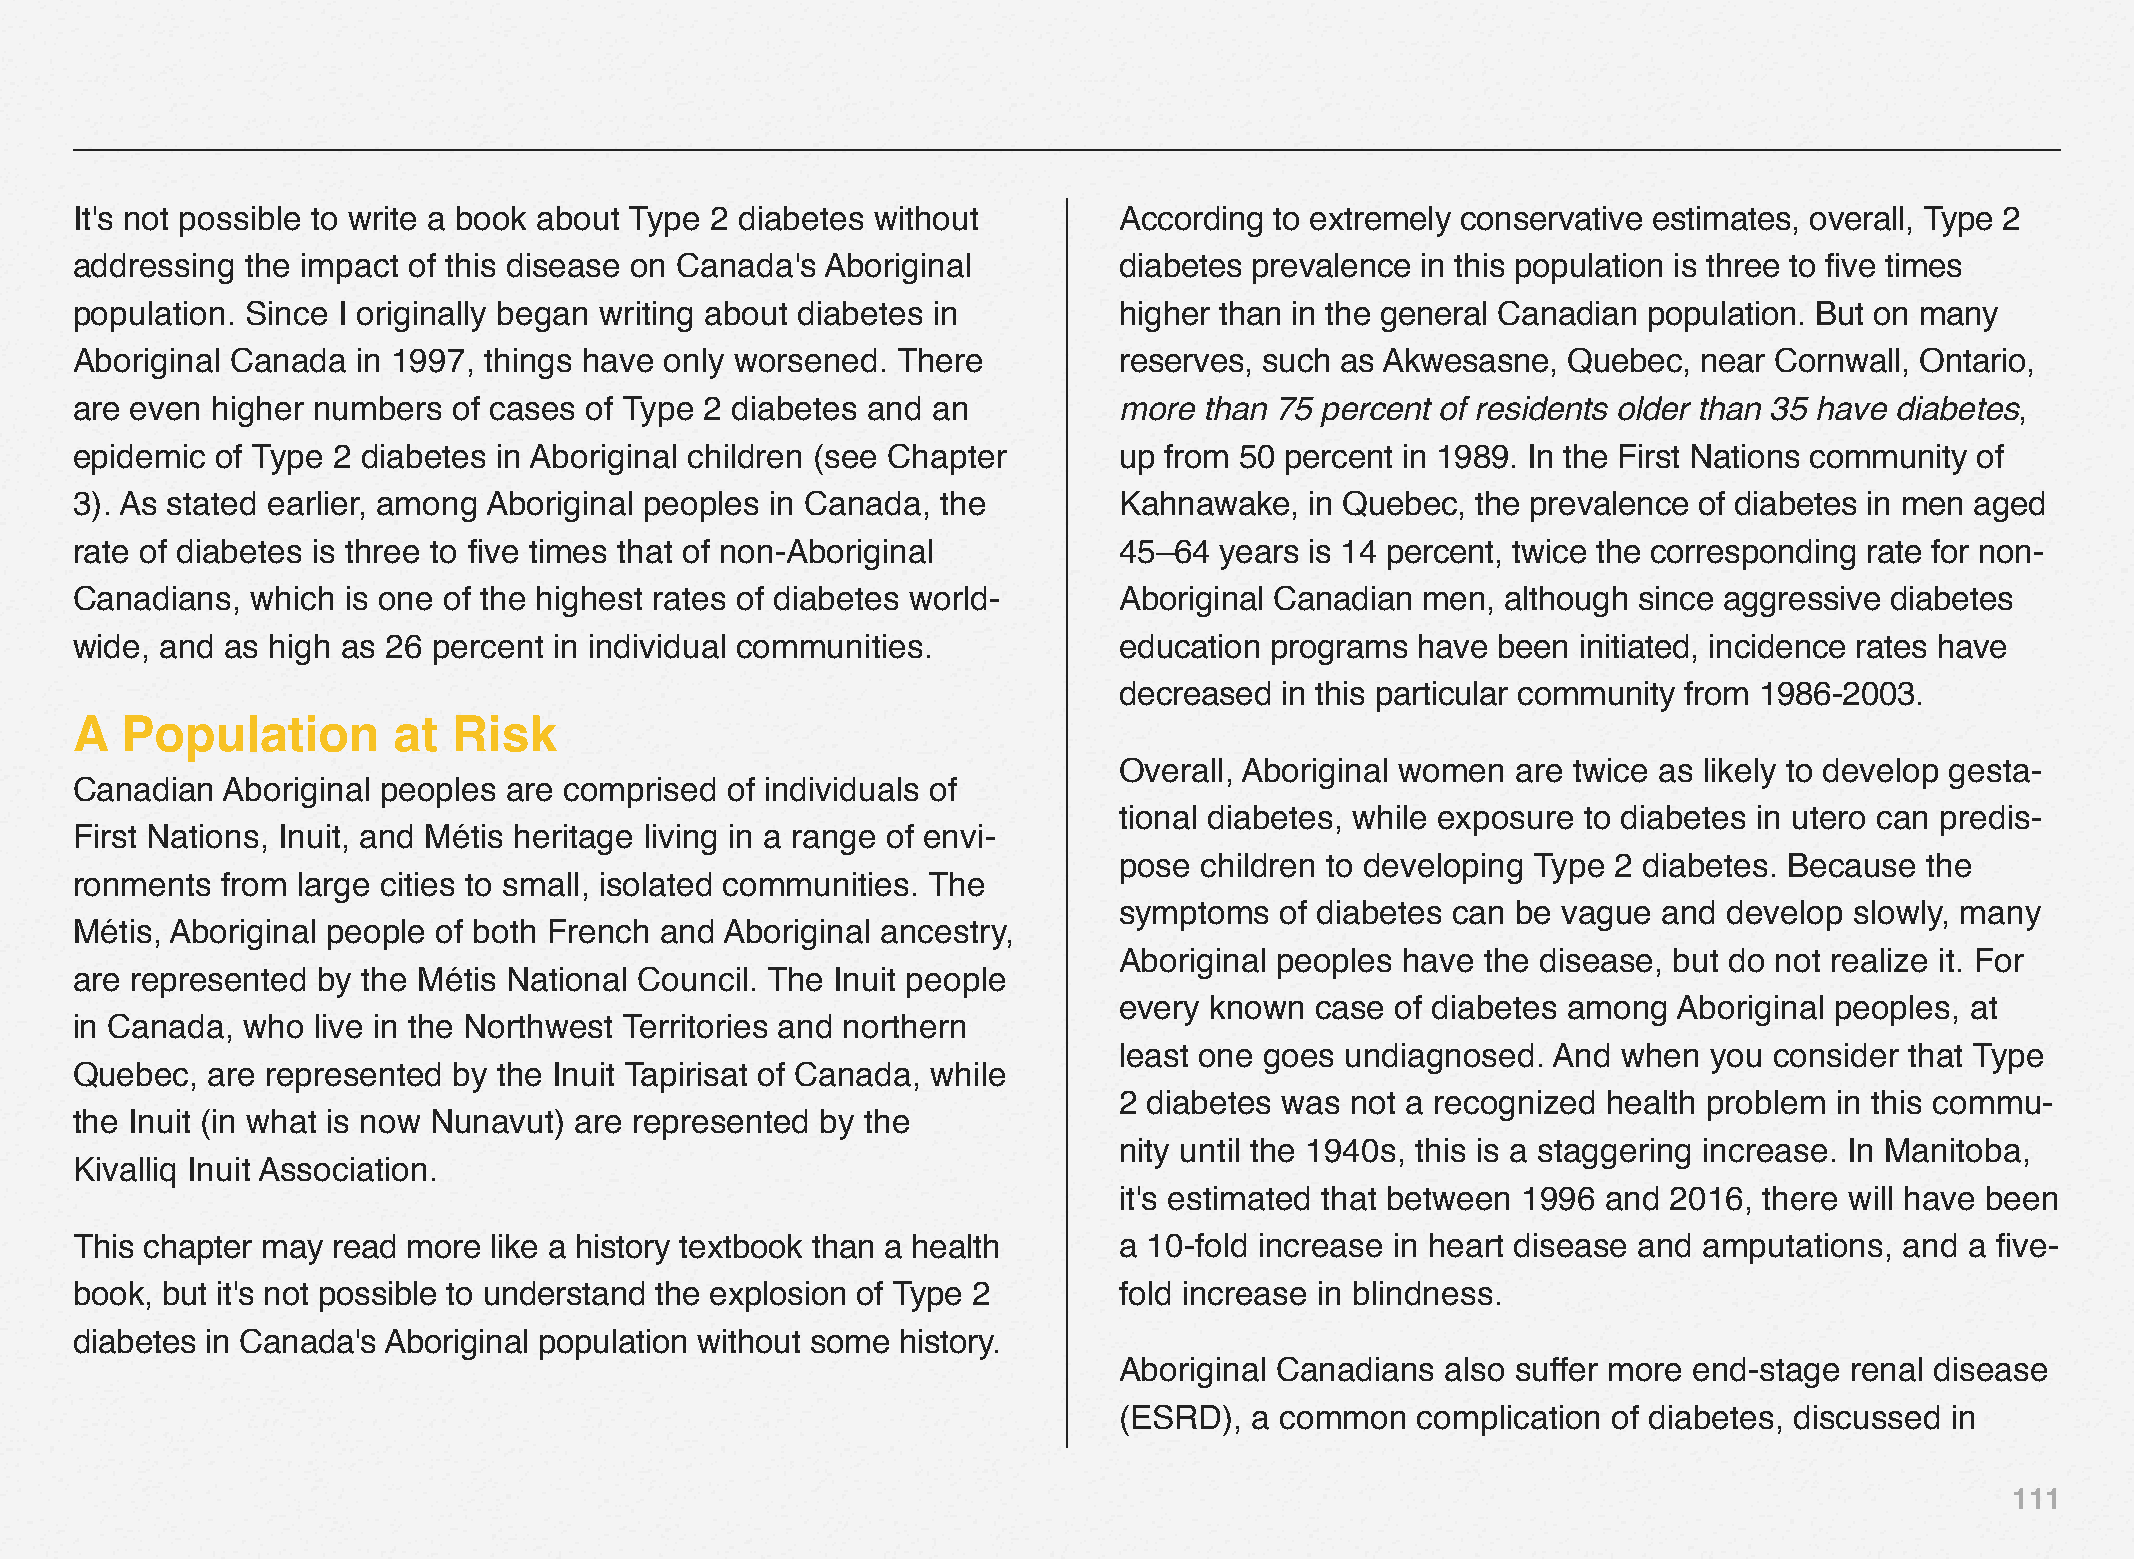
It's not possible to write a book about Type 2 diabetes without      According to extremely conservative estimates, overall, Type 2
 addressing the impact of this disease on Canada's Aboriginal         diabetes prevalence in this population is three to five times
 population. Since I originally began writing about diabetes in       higher than in the general Canadian population. But on many
 Aboriginal Canada  in 1997, things have only worsened. There         reserves, such as Akwesasne,  Quebec,  near Cornwall, Ontario,
 are even higher numbers  of cases of Type 2 diabetes and an          more  than 75 percent of residents older than 35 have diabetes,
 epidemic of Type 2 diabetes in Aboriginal children (see Chapter      up from 50 percent in 1989. In the First Nations community of
 3). As stated earlier, among Aboriginal peoples in Canada, the       Kahnawake,   in Quebec, the prevalence of diabetes in men aged
 rate of diabetes is three to five times that of non-Aboriginal       45–64  years is 14 percent, twice the corresponding rate for non-
 Canadians,  which is one of the highest rates of diabetes world-     Aboriginal Canadian men,  although since aggressive diabetes
 wide, and as high as 26 percent in individual communities.           education programs  have been initiated, incidence rates have
 decreased  in this particular community from 1986‒2003.
 A  Population        at  Risk
 Overall, Aboriginal women are twice as likely to develop gesta-
 Canadian  Aboriginal peoples are comprised of individuals of
 tional diabetes, while exposure to diabetes in utero can predis-
 First Nations, Inuit, and Métis heritage living in a range of envi-
 pose children to developing Type 2 diabetes. Because  the
 ronments  from large cities to small, isolated communities. The
 symptoms   of diabetes can be vague and develop  slowly, many
 Métis, Aboriginal people of both French and Aboriginal ancestry,
 Aboriginal peoples have the disease, but do not realize it. For
 are represented by the Métis National Council. The Inuit people
 every known  case of diabetes among  Aboriginal peoples, at
 in Canada, who  live in the Northwest Territories and northern
 least one goes undiagnosed.  And when  you consider that Type
 Quebec,  are represented by the Inuit Tapirisat of Canada, while
 2 diabetes was not a recognized health problem  in this commu-
 the Inuit (in what is now Nunavut) are represented by the
 nity until the 1940s, this is a staggering increase. In Manitoba,
 Kivalliq Inuit Association.
 it's estimated that between 1996 and 2016, there will have been
 This chapter may read more like a history textbook than a health     a 10-fold increase in heart disease and amputations, and a five-
 book, but it's not possible to understand the explosion of Type 2    fold increase in blindness.
 diabetes in Canada's Aboriginal population without some history.
 Aboriginal Canadians  also suffer more end-stage renal disease
 (ESRD),  a common   complication of diabetes, discussed in
 111